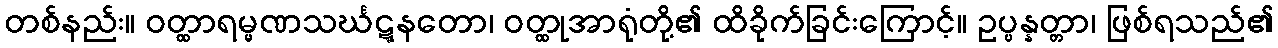
တစ်နည်း။ ဝတ္ထာရမ္မဏသင်္ဃဋ္ဋနတော၊ ဝတ္ထုအာရုံတို့၏ ထိခိုက်ခြင်းကြောင့်။ ဥပ္ပန္နတ္တာ၊ ဖြစ်ရသည်၏